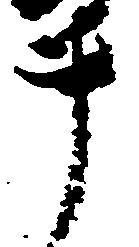
事